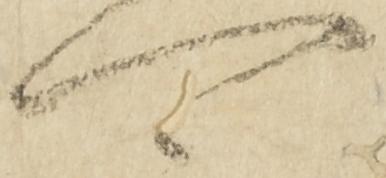
可